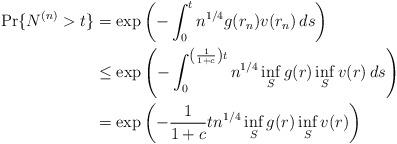
LaTeX: \begin{align*} \Pr\{N^{(n)}>t\}&=\exp\left(-\int_0^tn^{1/4} g(r_n)v(r_n)\,ds\right)\\ &\leq \exp\left(-\int_0^{\left(\frac{1}{1+c}\right)t}n^{1/4} \inf_S g(r) \inf_S v(r)\,ds\right)\\ &=\exp\left(-\frac{1}{1+c}t n^{1/4} \inf_S g(r) \inf_S v(r) \right)\end{align*}